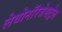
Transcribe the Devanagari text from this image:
लेवोनॉरजेसट्रेल